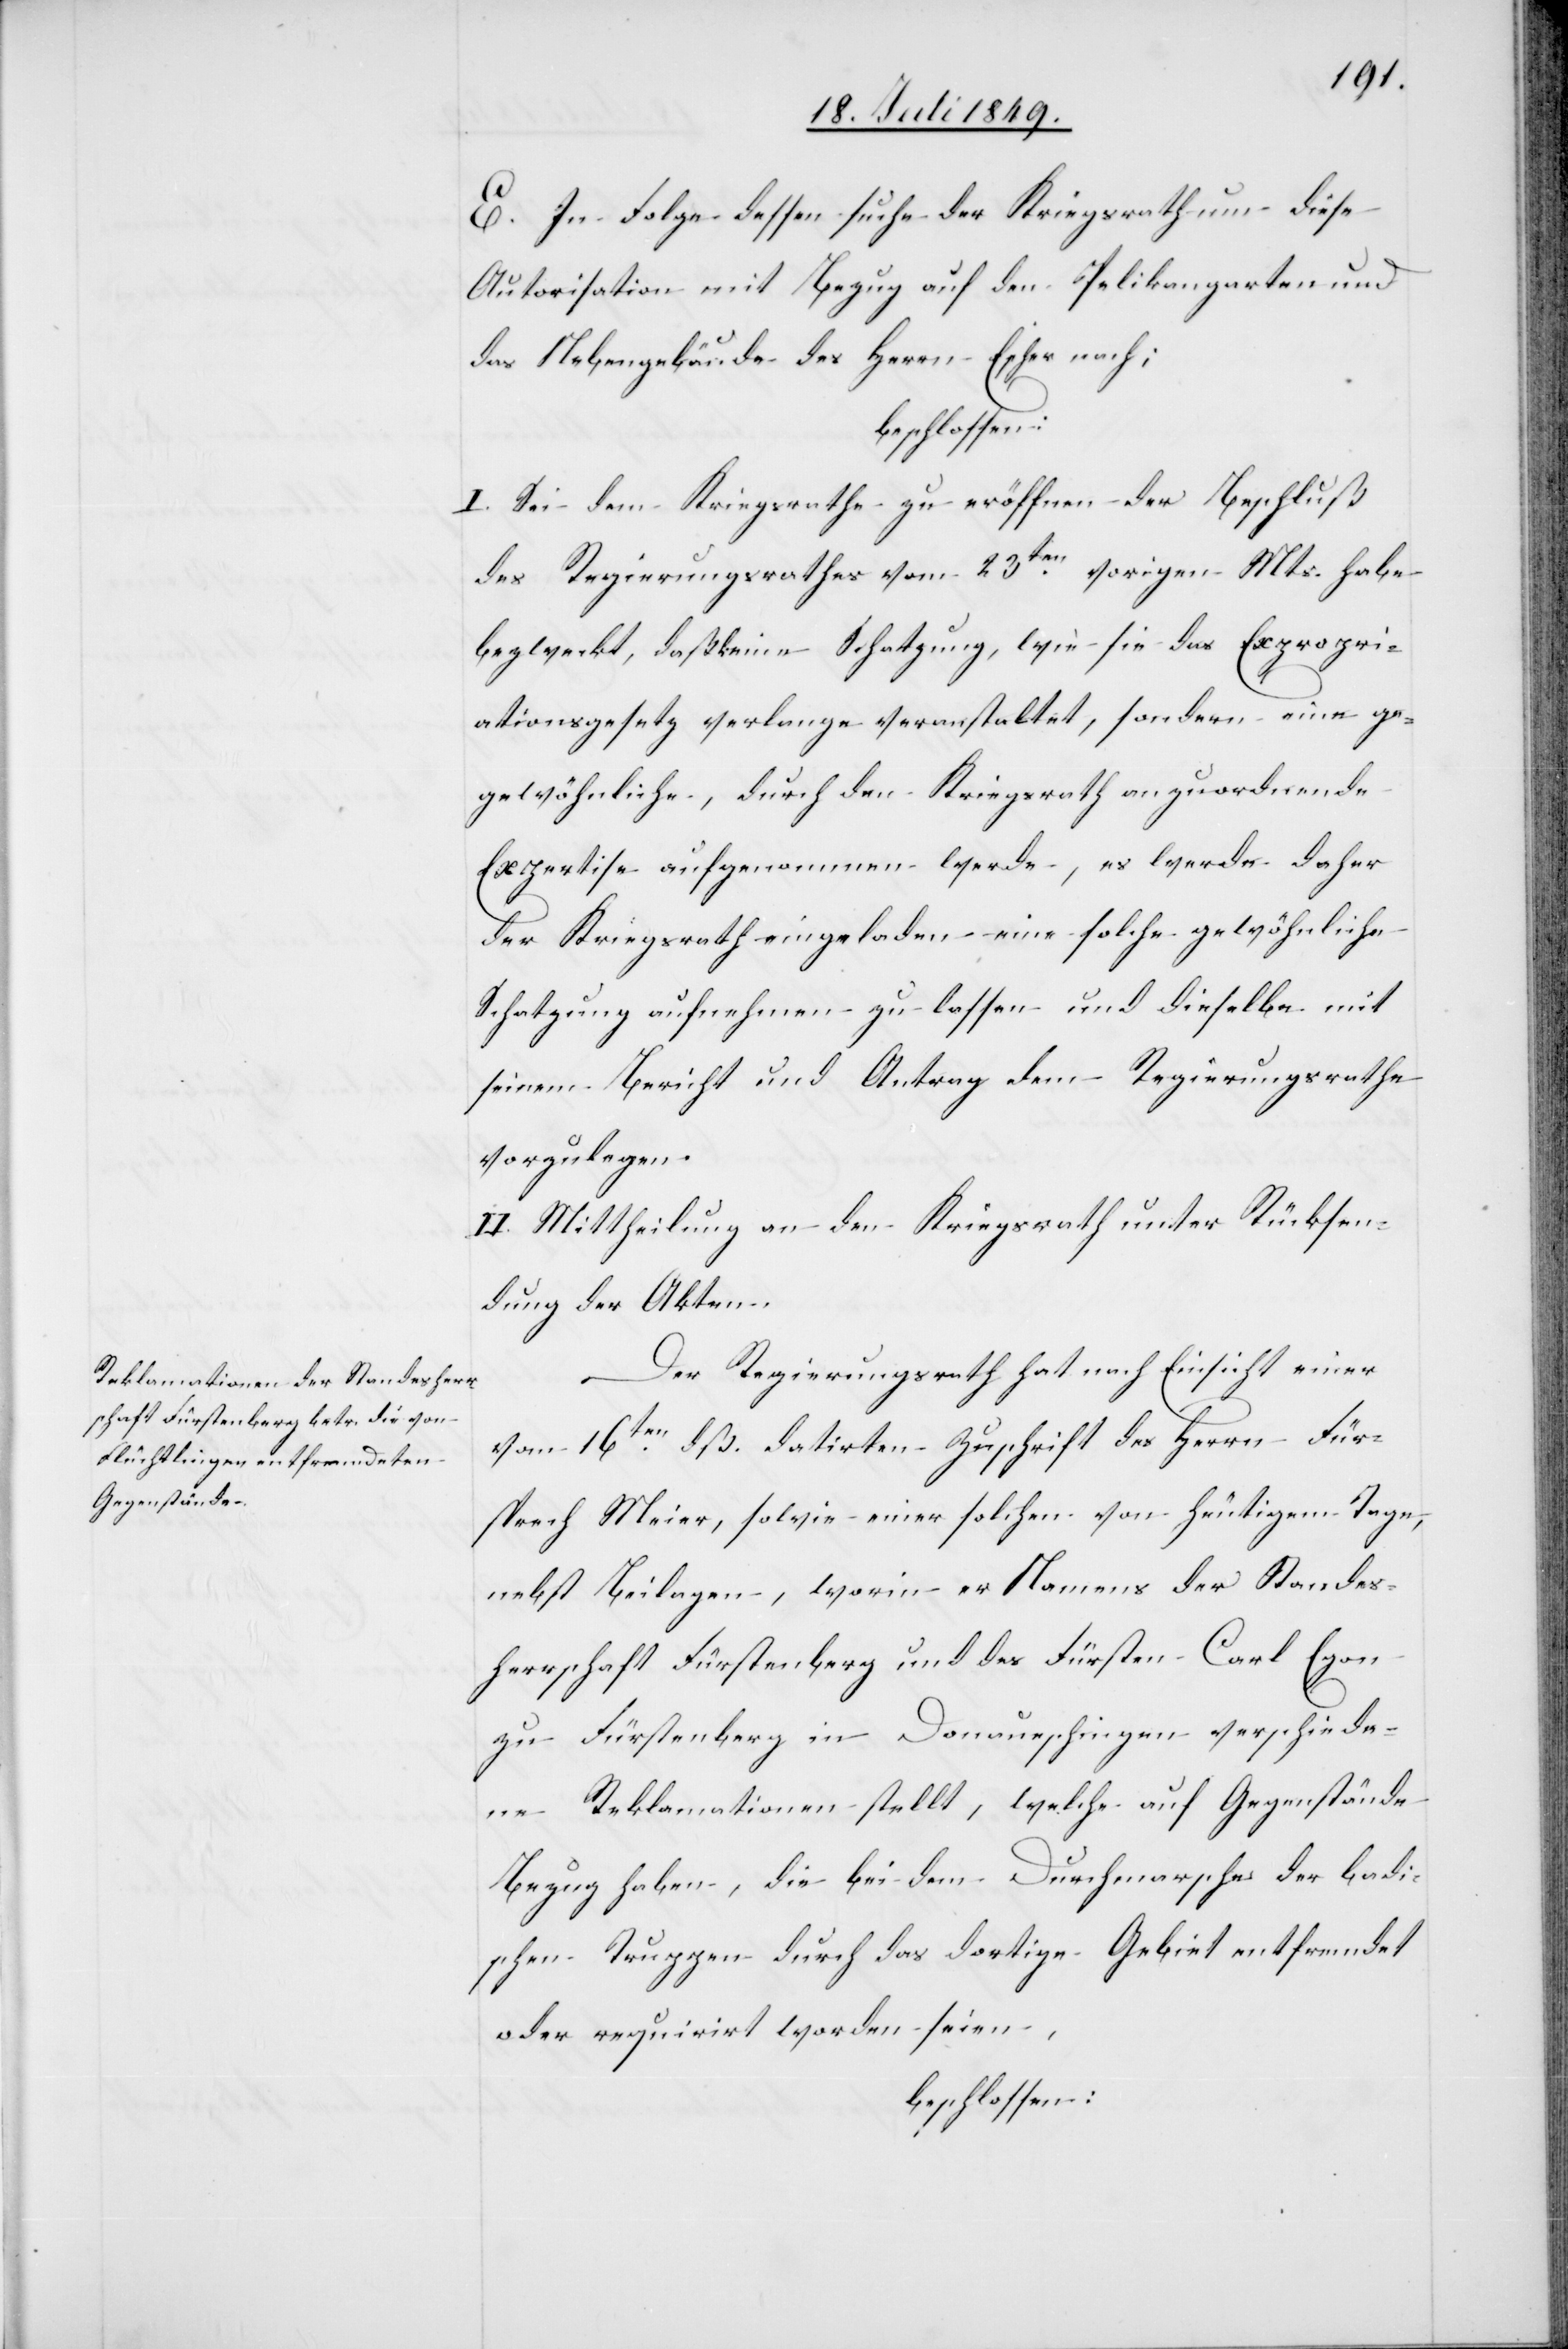
E. In Folge dessen suche der Kriegsrath um diese
Autorisation mit Bezug auf den Pelikangarten und
das Nebengebäude des Herrn Escher nach;
beschlossen:
I. Sei dem Kriegsrathe zu eröffnen der Beschluß
des Regierungsrathes vom 23ten vorigen Mts. habe
bezweckt, daß keine Schatzung, wie sie das Expropri¬
ationsgesetz verlange veranstaltet, sondern eine ge¬
gewöhnliche [sic!], durch den Kriegsrath anzuordnende
Expertise aufgenommen werde, es werde daher
der Kriegsrath eingeladen eine solche gewöhnliche
Schatzung aufnehmen zu lassen und dieselbe mit
seinem Bericht und Antrag dem Regierungsrathe
vorzulegen.
II. Mittheilung an den Kriegsrath unter Rücksen¬
dung der Akten.
Der Regierungsrath hat nach Einsicht einer
vom 16ten dß. datirten Zuschrift des Herrn Für¬
sprech Meier, sowie einer solchen von heutigem Tage,
nebst Beilagen, worin er Namens der Standes¬
herrschaft Fürstenberg und des Fürsten Carl Egon
zu Fürstenberg in Donaueschingen verschiede¬
ne Reklamationen stellt, welche auf Gegenstände
Bezug haben, die bei dem Durchmarsche der badi¬
schen Truppen durch das dortige Gebiet entfremdet
oder requirirt worden seien,
beschlossen: